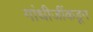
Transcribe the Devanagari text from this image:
गांधीजींकडून